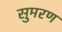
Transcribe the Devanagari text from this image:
सुमरण